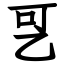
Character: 㐓